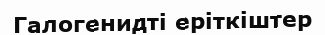
Галогенидті еріткіштер